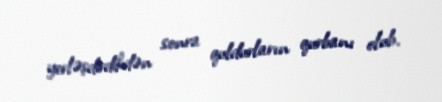
yerləşdirdikdən sonra quldurların qurbanı olub.